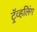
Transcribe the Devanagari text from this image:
ट्रॅव्हलिंग